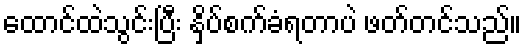
ထောင်ထဲသွင်းပြီး နှိပ်စက်ခံရတာပဲ ဖတ်တင်သည်။